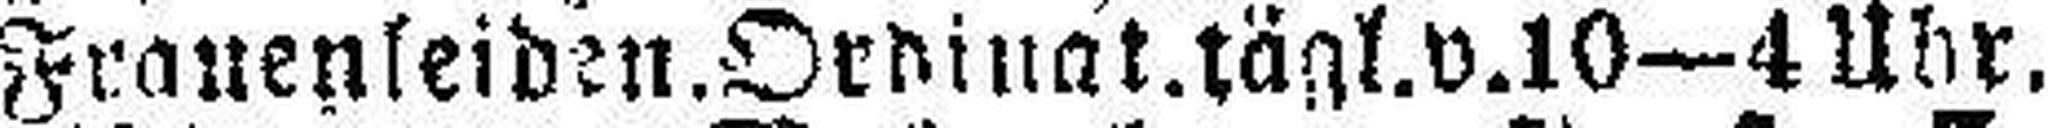
Frauenseiden. Ordinat. tägl. v. 10—4 Uhr.